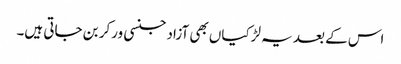
اس کے بعد یہ لڑکیاں بھی آزاد جنسی ورکر بن جاتی ہیں۔